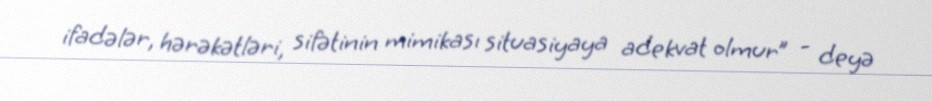
ifadələr, hərəkətləri, sifətinin mimikası situasiyaya adekvat olmur” - deyə